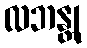
လဘန္တု